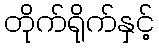
တိုက်ရိုက်နှင့်